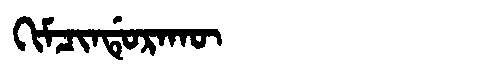
Manchu: ᡴᡳᠮᠴᡳᠨᡩᡠᡵᠠᡴᡡ
Romanization: KIMCINDURAKŪ